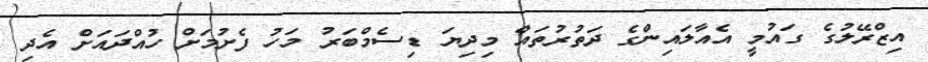
އިޒްރޭލުގެ ގައުމީ އެއާލައިންގެ ދަތުރުތައް މިދިޔަ ޑިސެމްބަރު މަހު ފެށުމަށް ހުއްދައަށް އެދި